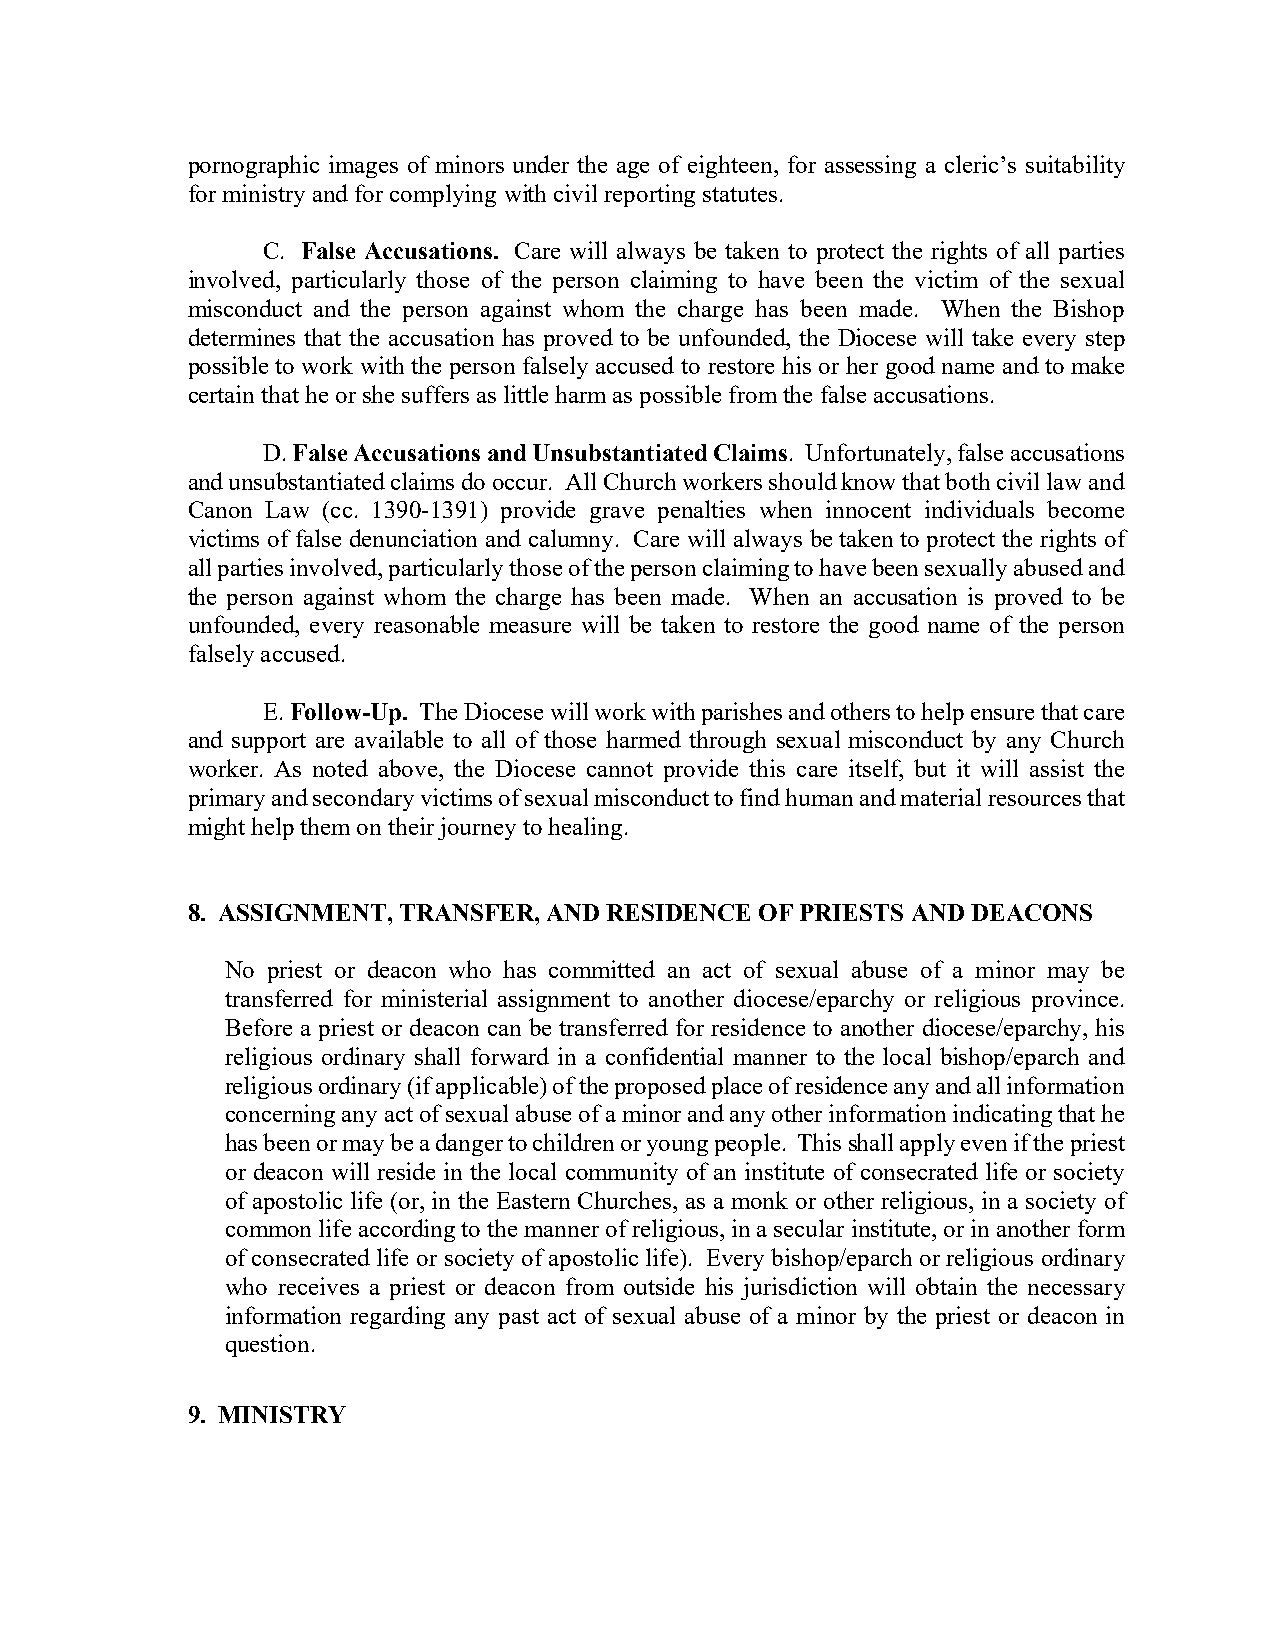
pornographic images of minors under the age of eighteen, for assessing a cleric’s suitability
 for ministry and for complying with civil reporting statutes.
 C. False Accusations. Care will always be taken to protect the rights of all parties
 involved, particularly those of the person claiming to have been the victim of the sexual
 misconduct and the person against whom the charge has been made. When the Bishop
 determines that the accusation has proved to be unfounded, the Diocese will take every step
 possible to work with the person falsely accused to restore his or her good name and to make
 certain that he or she suffers as little harm as possible from the false accusations.
 D. False Accusations and Unsubstantiated Claims. Unfortunately, false accusations
 and unsubstantiated claims do occur. All Church workers should know that both civil law and
 Canon Law (cc. 1390-1391) provide grave penalties when innocent individuals become
 victims of false denunciation and calumny. Care will always be taken to protect the rights of
 all parties involved, particularly those of the person claiming to have been sexually abused and
 the person against whom the charge has been made. When an accusation is proved to be
 unfounded, every reasonable measure will be taken to restore the good name of the person
 falsely accused.
 E. Follow-Up. The Diocese will work with parishes and others to help ensure that care
 and support are available to all of those harmed through sexual misconduct by any Church
 worker. As noted above, the Diocese cannot provide this care itself, but it will assist the
 primary and secondary victims of sexual misconduct to find human and material resources that
 might help them on their journey to healing.
 8. ASSIGNMENT, TRANSFER, AND RESIDENCE OF PRIESTS AND DEACONS
 No priest or deacon who has committed an act of sexual abuse of a minor may be
 transferred for ministerial assignment to another diocese/eparchy or religious province.
 Before a priest or deacon can be transferred for residence to another diocese/eparchy, his
 religious ordinary shall forward in a confidential manner to the local bishop/eparch and
 religious ordinary (if applicable) of the proposed place of residence any and all information
 concerning any act of sexual abuse of a minor and any other information indicating that he
 has been or may be a danger to children or young people. This shall apply even if the priest
 or deacon will reside in the local community of an institute of consecrated life or society
 of apostolic life (or, in the Eastern Churches, as a monk or other religious, in a society of
 common life according to the manner of religious, in a secular institute, or in another form
 of consecrated life or society of apostolic life). Every bishop/eparch or religious ordinary
 who receives a priest or deacon from outside his jurisdiction will obtain the necessary
 information regarding any past act of sexual abuse of a minor by the priest or deacon in
 question.
 9. MINISTRY